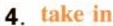
4.take in